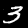
Digit: 3